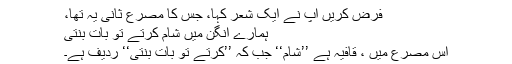
فرض کریں آپ نے ایک شعر کہا، جس کا مصرع ثانی یہ تھا،
ہمارے آنگن میں شام کرتے تو بات بنتی
اس مصرع میں ، قافیہ ہے ’’شام‘‘ جب کہ ’’کرتے تو بات بنتی‘‘ ردیف ہے۔